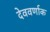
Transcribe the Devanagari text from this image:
देववर्णाक